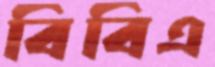
বিবিএ